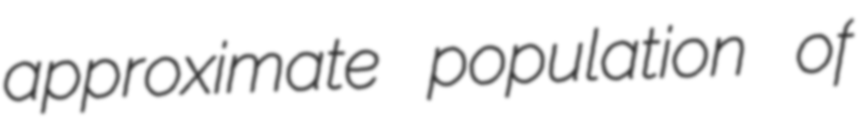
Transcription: approximate population of